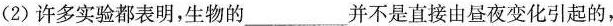
(2)许多实验都表明，生物的___并不是直接由昼夜变化引起的，